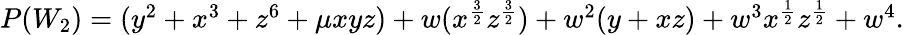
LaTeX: \begin{array}{lcr}{{P(W_{2})=(y^{2}+x^{3}+z^{6}+\mu xyz)+w(x^{{\frac{3}{2}}}z^{{\frac{3}{2}}})+w^{2}(y+xz)+w^{3}x^{{\frac{1}{2}}}z^{{\frac{1}{2}}}+w^{4}.}}\end{array}